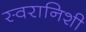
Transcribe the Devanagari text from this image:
स्वरानिशी